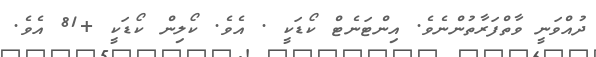
ދުއްވަނީ ވާތްފަރާތުންނެވެ. އިންޓަނެޓް ކޯޑަކީ . އެވެ. ކޯލިން ކޯޑަކީ +81 އެވެ.